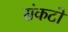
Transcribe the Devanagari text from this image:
संकटो